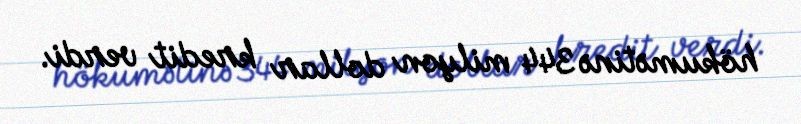
hökumətinə 344 milyon dollar kredit verdi.